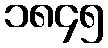
၁၈၄၅